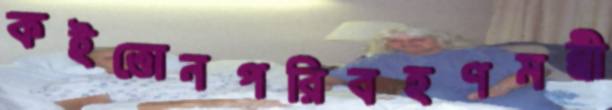
কইত্তোনপরিবহণমন্ত্রী